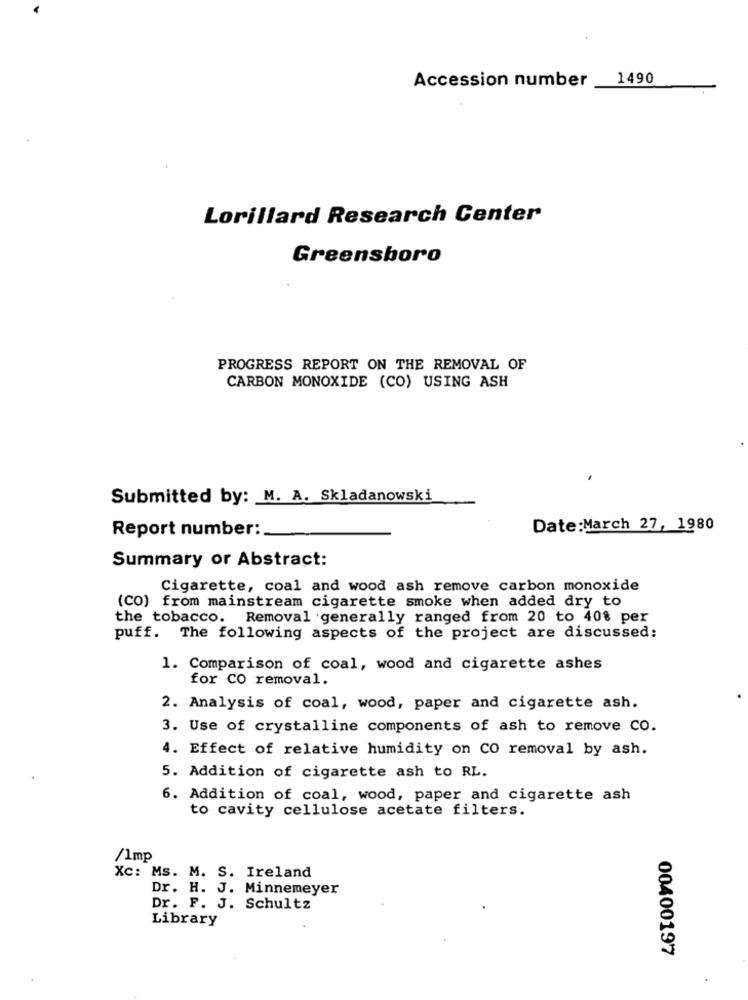
1490
Accession number
Lorillard Research Center
Greensboro
PROGRESS REPORT ON THE REMOVAL OF
CARBON MONOXIDE (CO) USING ASH
Submitted by: M. A. Skladanowski
Report number :.
Date: March 27, 1980
Summary or Abstract:
Cigarette, coal and wood ash remove carbon monoxide
(CO) from mainstream cigarette smoke when added dry to
the tobacco. Removal generally ranged from 20 to 40% per
puff. The following aspects of the project are discussed:
1. Comparison of coal, wood and cigarette ashes
for CO removal.
2. Analysis of coal, wood, paper and cigarette ash.
3. Use of crystalline components of ash to remove co.
4. Effect of relative humidity on CO removal by ash.
5. Addition of cigarette ash to RL.
6. Addition of coal, wood, paper and cigarette ash
to cavity cellulose acetate filters.
/1mp
Xc: Ms. M. S. Ireland
Dr. H. J. Minnemeyer
Dr. F. J. Schultz
Library
00400197